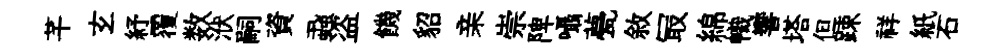
芊𤣥紓覆数洑嗣資蝨盗饑貂亲崇陴囁甍敘冣綿幟響塔但踈祥紙石